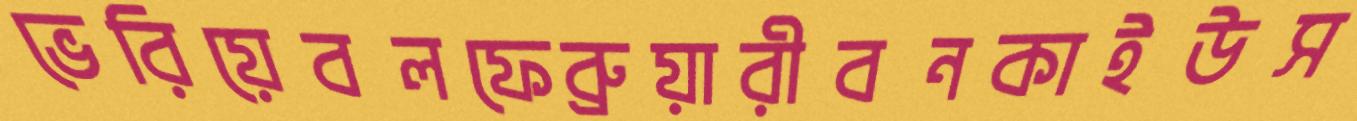
ভেরিয়েবলফেব্রুয়ারীবনকাইউস